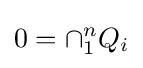
0=\cap _{1}^{n}Q_{i}